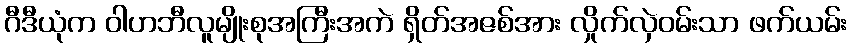
ဂီဒီယုံက ဝါဟဘီလူမျိုးစုအကြီးအကဲ ရှိတ်အဇစ်အား လှိုက်လှဲဝမ်းသာ ဖက်ယမ်း